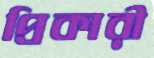
প্রিকারী